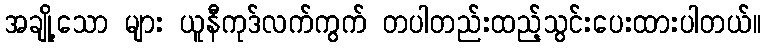
အချို့သော များ ယူနီကုဒ်လက်ကွက် တပါတည်းထည့်သွင်းပေးထားပါတယ်။